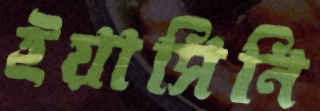
ইয়াসিনি